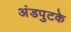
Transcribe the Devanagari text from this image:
अंडपुटके